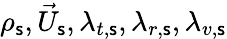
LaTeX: \rho_{\mathsf{s}},{\vec{{U}}}_{\mathsf{s}},\lambda_{t,\mathsf{s}},\lambda_{r,\mathsf{s}},\lambda_{v,\mathsf{s}}